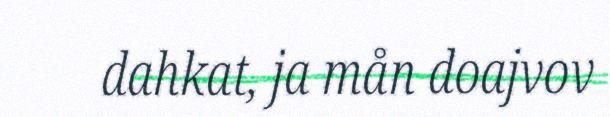
dahkat, ja mån doajvov